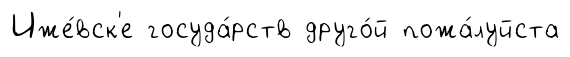
Иже́вск'е госуда́рств друго́й пожа́луйста